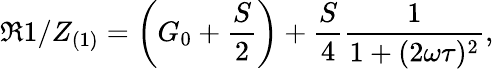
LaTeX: \Re{1/Z_{(1)}}=\left(G_{0}+\frac{S}{2}\right)+\frac{S}{4}\frac{1}{1+(2\omega\tau)^{2}},